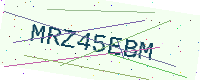
Text: MRZ45EBM